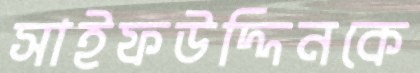
সাইফউদ্দিনকে